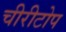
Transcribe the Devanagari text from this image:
चीरीटोप